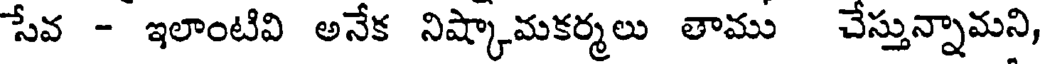
సేవ - ఇలాంటివి అనేక నిష్కామకర్మలు తాము చేస్తున్నామని